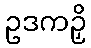
ဥဒကဉှိ